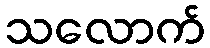
သလောက်